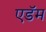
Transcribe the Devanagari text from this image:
एडॅम